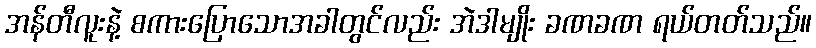
အန်တီလူးနဲ့ စကားပြောသောအခါတွင်လည်း အဲဒါမျိုး ခဏခဏ ရယ်တတ်သည်။